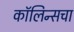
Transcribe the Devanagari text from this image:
कॉलिन्सचा